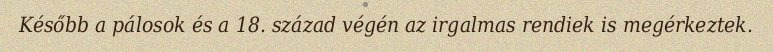
Később a pálosok és a 18. század végén az irgalmas rendiek is megérkeztek.